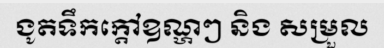
ងូតទឹកក្តៅឧណ្ហៗ និង សម្រួល